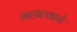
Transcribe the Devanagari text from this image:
महात्वाचे